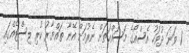
1 ވަނަ ދުވަހު އެސްއޯގެ މަސައްކަތަށް ނެރުމަށް އޭނާ ތައްޔާރު ކުރި ލިސްޓެއްގައި